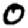
Digit: 0